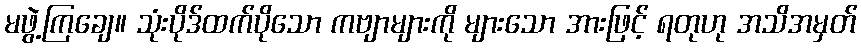
မဖွဲ့ကြချေ။ သုံးပိုဒ်ထက်ပိုသော ကဗျာများကို များသော အားဖြင့် ရတုဟု အသိအမှတ်